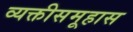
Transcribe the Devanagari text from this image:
व्यक्तीसमूहास